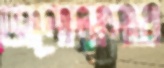
ভালোলাগার